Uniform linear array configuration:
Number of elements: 8
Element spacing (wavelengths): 0.75
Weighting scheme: blackman
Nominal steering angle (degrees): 60
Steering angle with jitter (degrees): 59.55
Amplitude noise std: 0.05
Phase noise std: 0.05

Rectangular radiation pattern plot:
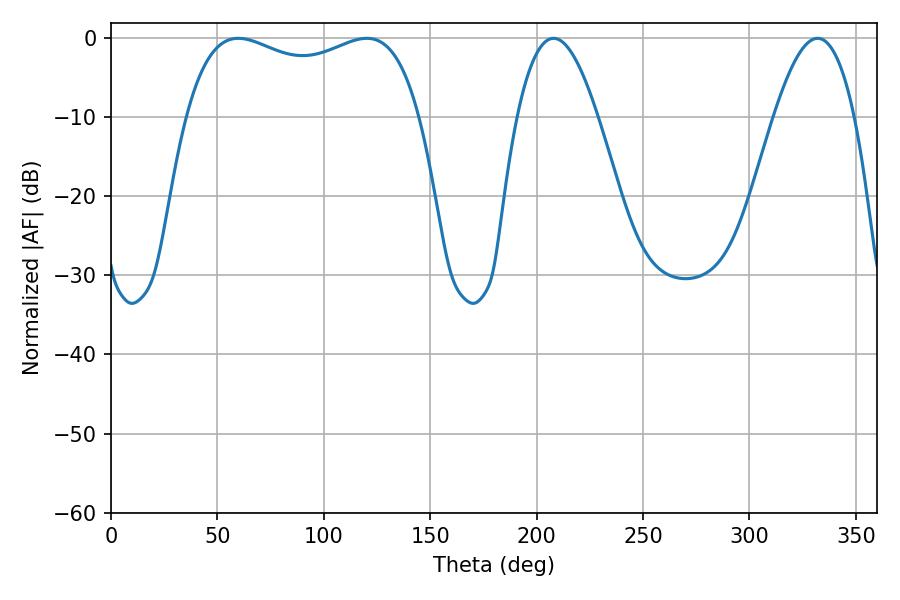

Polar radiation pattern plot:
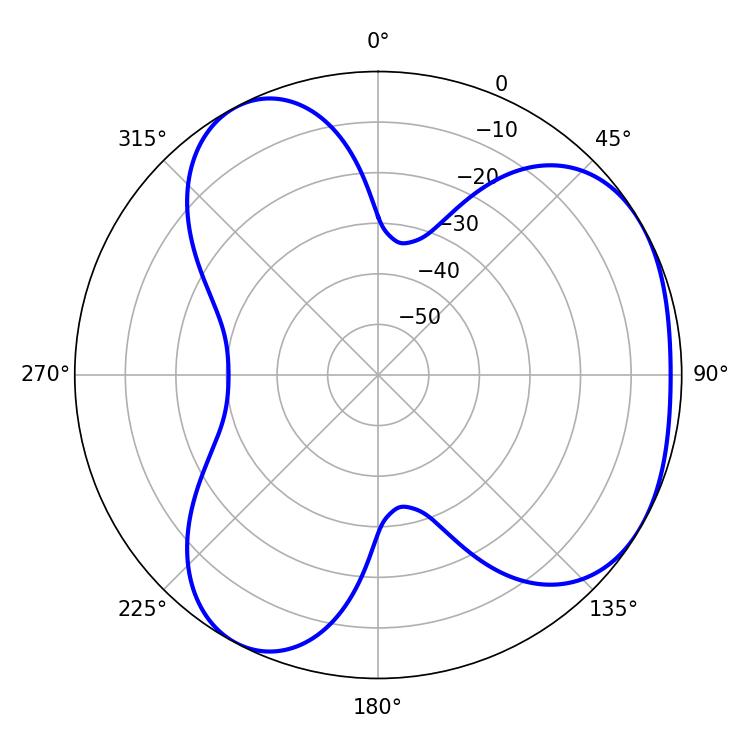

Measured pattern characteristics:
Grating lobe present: TRUE
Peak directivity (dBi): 3.917
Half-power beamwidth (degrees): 90
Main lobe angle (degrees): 59.76